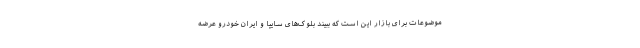
موضوعات برای بازار این است که ببیند بلوک‌های سایپا و ایران خودرو عرضه